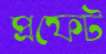
প্রফেট